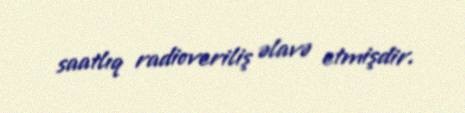
saatlıq radioveriliş əlavə etmişdir.